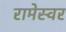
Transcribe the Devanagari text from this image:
रामेस्वर